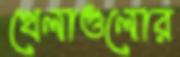
খেলাগুলোর